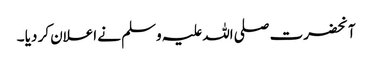
آنحضرت صلی اللہ علیہ وسلم نے اعلان کر دیا ۔